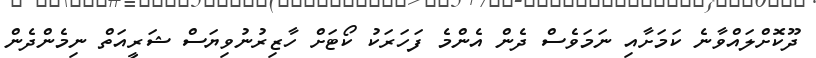
ދޫކޮށްލައްވާނެ ކަމަށާއި ނަމަވެސް ދެން އެންމެ ފަހަރަކު ކޯޓަށް ހާޒިރުނުވިޔަސް ޝަރީއަތް ނިމެންދެން